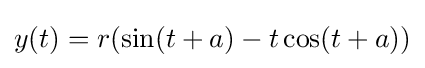
y(t)=r(\sin(t+a)-t\cos(t+a))